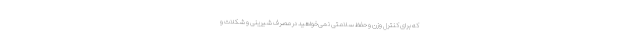
که برای کنترل وزن و حفظ سلامتی نمی‌خواهید در مصرف شیرینی و شکلات و